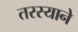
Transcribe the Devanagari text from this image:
तरस्याने